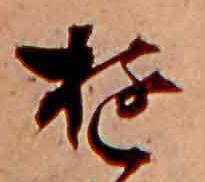
ゆ